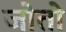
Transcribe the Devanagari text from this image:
जोतो